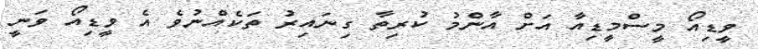
ވީޑިއޯ މީސްމީޑިއާ އަށް އާންމު ކުރިތާ ގިނައިރު ތަކެއްނުވެ އެ ވީޑިއޯ ވަނީ